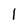
Character: l